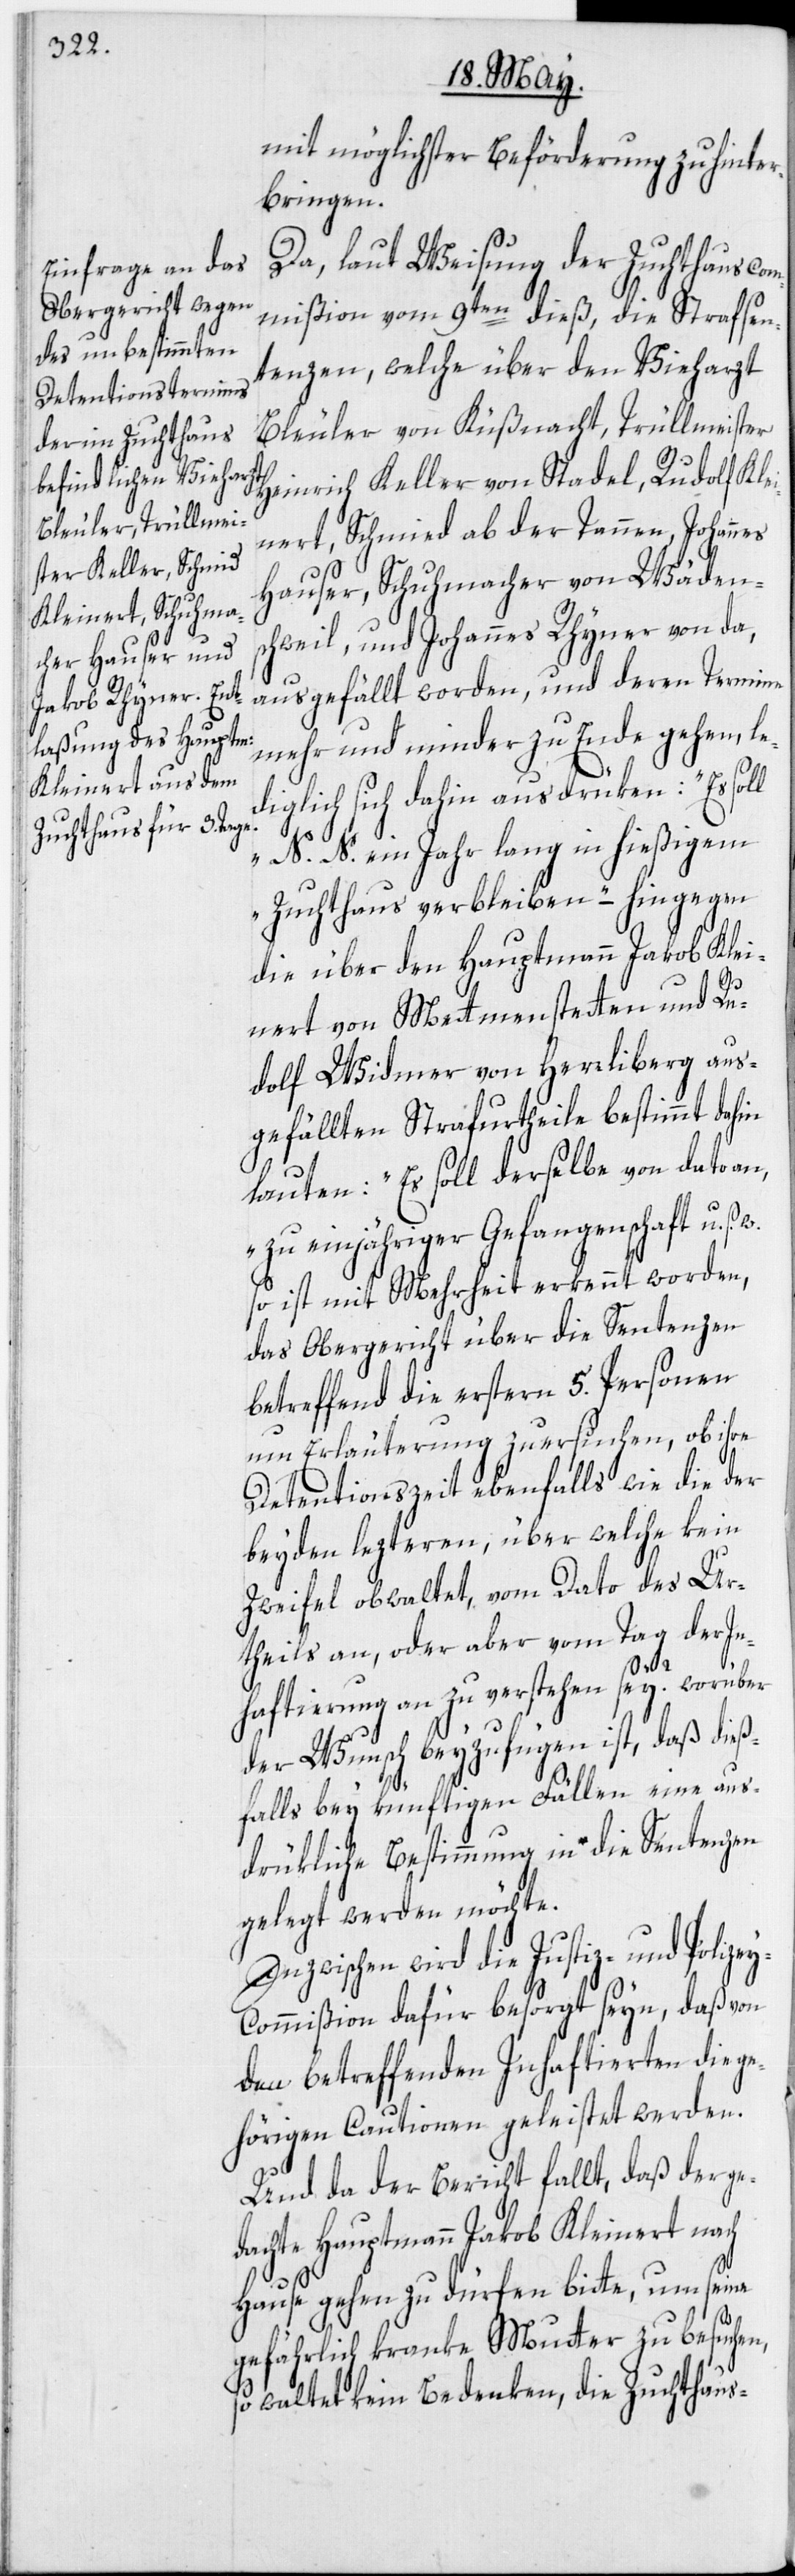
mit möglichster Beförderung zu hinter¬
bringen.
Da, laut Weisung der Zuchthauscom¬
mißion vom 9ten dieß, die Strafsen¬
tenzen, welche über den Vieharzt
Bleuler von Küßnacht, Trüllmeister
inert, Schmied ab der Tannen, Johannes
Hauser, Schuhmacher von Wäden¬
schweil, und Johannes Rhyner von da,
ausgefällt worden, und deren Termine
mehr und minder zu Ende gehen, le¬
diglich sich dahin ausdrüken: „Es soll
N. N. ein Jahr lang in hießigem
Zuchthaus verbleiben“ – hingegen
die über den Hauptmann Jakob Klei¬
nert von Mettmenstetten und Ru¬
dolf Widmer von Herrliberg aus¬
gefällten Strafurtheile bestimmt dahin
lauten: „Es soll derselbe von dato an,
zu einjähriger Gefangenschaft u. s.
so ist mit Mehrheit erkennt worden,
das Obergericht über die Sentenzen
betreffend die erstern 5. Personen
um Erläuterung zu ersuchen, ob ihre
Detentionszeit ebenfalls wie die der
beyden lezteren, über welche kein
Zweifel obwaltet, vom Dato des Ur¬
theils an, oder aber vom Tag der In¬
Kle¬
haftierung an zu verstehen sei? worüber
der Wunsch beyzufügen ist, daß dieß¬
falls bey künftigen Fällen eine aus¬
drükliche Bestimmung in die Sentenzen
gelegt werden möchte.
Inzwischen wird die Justiz- und Polizey¬
commißion dafür besorgt seyn, daß von
den betreffenden Inhaftierten die ge¬
hörigen Cautionen geleistet werden.
Und da der Bericht fallt, daß der ge¬
dachte Hauptmann Jakob Kleinert nach
Hause gehen zu dürfen bitte, um seine
gefährlich kranke Mutter zu besuchen,
so waltet kein Bedenken, die Zuchthaus-